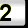
Digit: 2